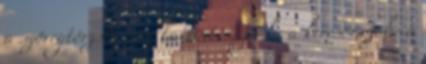
a szövegtörzsbe nem kattint. Írja be a keresőmezőbe a